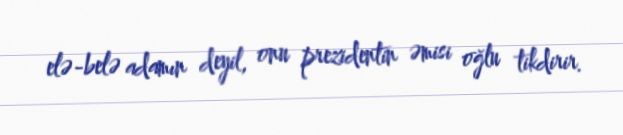
elə-belə adamın deyil, onu prezidentin əmisi oğlu tikdirir.